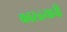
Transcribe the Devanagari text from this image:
कारळ्याची